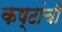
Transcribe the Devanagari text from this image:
कष्टांची